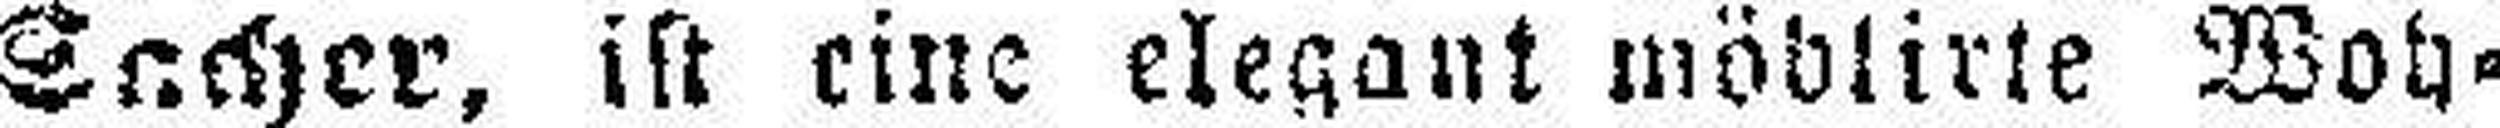
Sacher, ist eine elegant mödlirte Woh¬